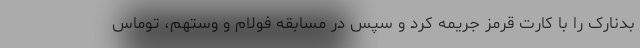
بدنارک را با کارت قرمز جریمه کرد و سپس در مسابقه فولام و وستهم، توماس